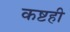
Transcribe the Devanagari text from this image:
कष्टही